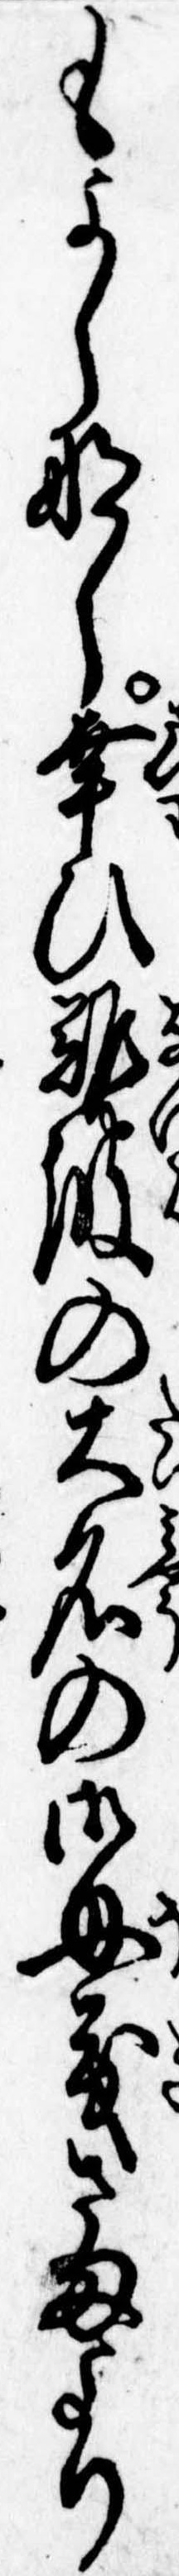
もよしなし幸ひ難波の大名の御母義さまより